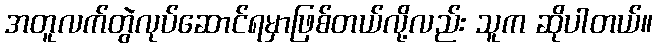
အတူလက်တွဲလုပ်ဆောင်ရမှာဖြစ်တယ်လို့လည်း သူက ဆိုပါတယ်။